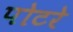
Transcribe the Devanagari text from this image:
पोटरे